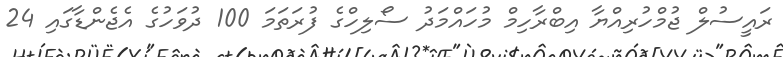
ރައީސުލް ޖުމްހުރިއްޔާ އިބްރާހިމް މުހައްމަދު ސޯލިހްގެ ފުރަތަމަ 100 ދުވަހުގެ އެޖެންޑާގައި 24